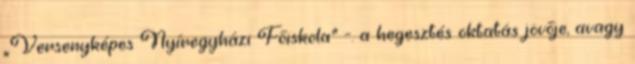
„Versenyképes Nyíregyházi Főiskola” -. a hegesztés oktatás jövője, avagy